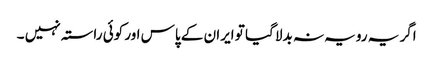
اگر یہ رویہ نہ بدلا گیا تو ایران کے پاس اور کوئی راستہ نہیں ۔